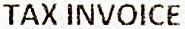
TAX INVOICE